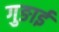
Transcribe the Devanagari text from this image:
गुङाई